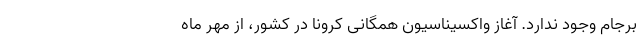
برجام وجود ندارد. آغاز واکسیناسیون همگانی کرونا در کشور، از مهر ماه